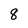
Character: 8